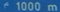
f^{\prime}1000